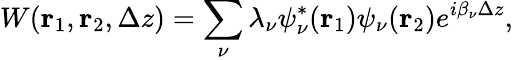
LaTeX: W({\mathbf r}_{1},{\mathbf r}_{2},\Delta z)=\sum_{\nu}\lambda_{\nu}\psi_{\nu}^{\ast}({\mathbf r}_{1})\psi_{\nu}({\mathbf r}_{2})e^{i\beta_{\nu}\Delta z},